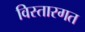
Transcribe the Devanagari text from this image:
विस्तारगत